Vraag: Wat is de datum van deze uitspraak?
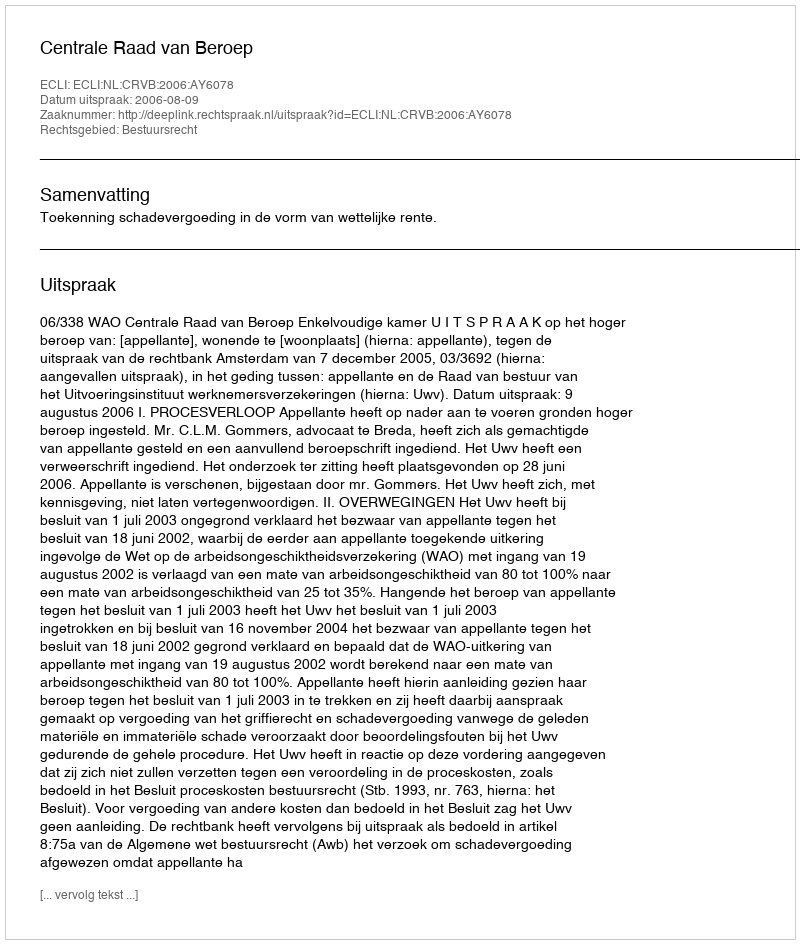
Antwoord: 2006-08-09